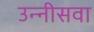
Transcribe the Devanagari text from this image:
उन्नीसवा